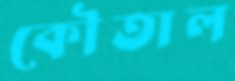
কৌতাল